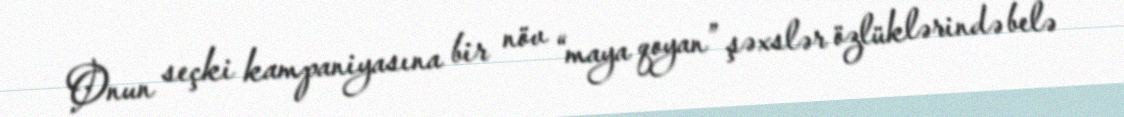
Onun seçki kampaniyasına bir növ “maya qoyan” şəxslər özlüklərində belə